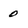
Character: 0